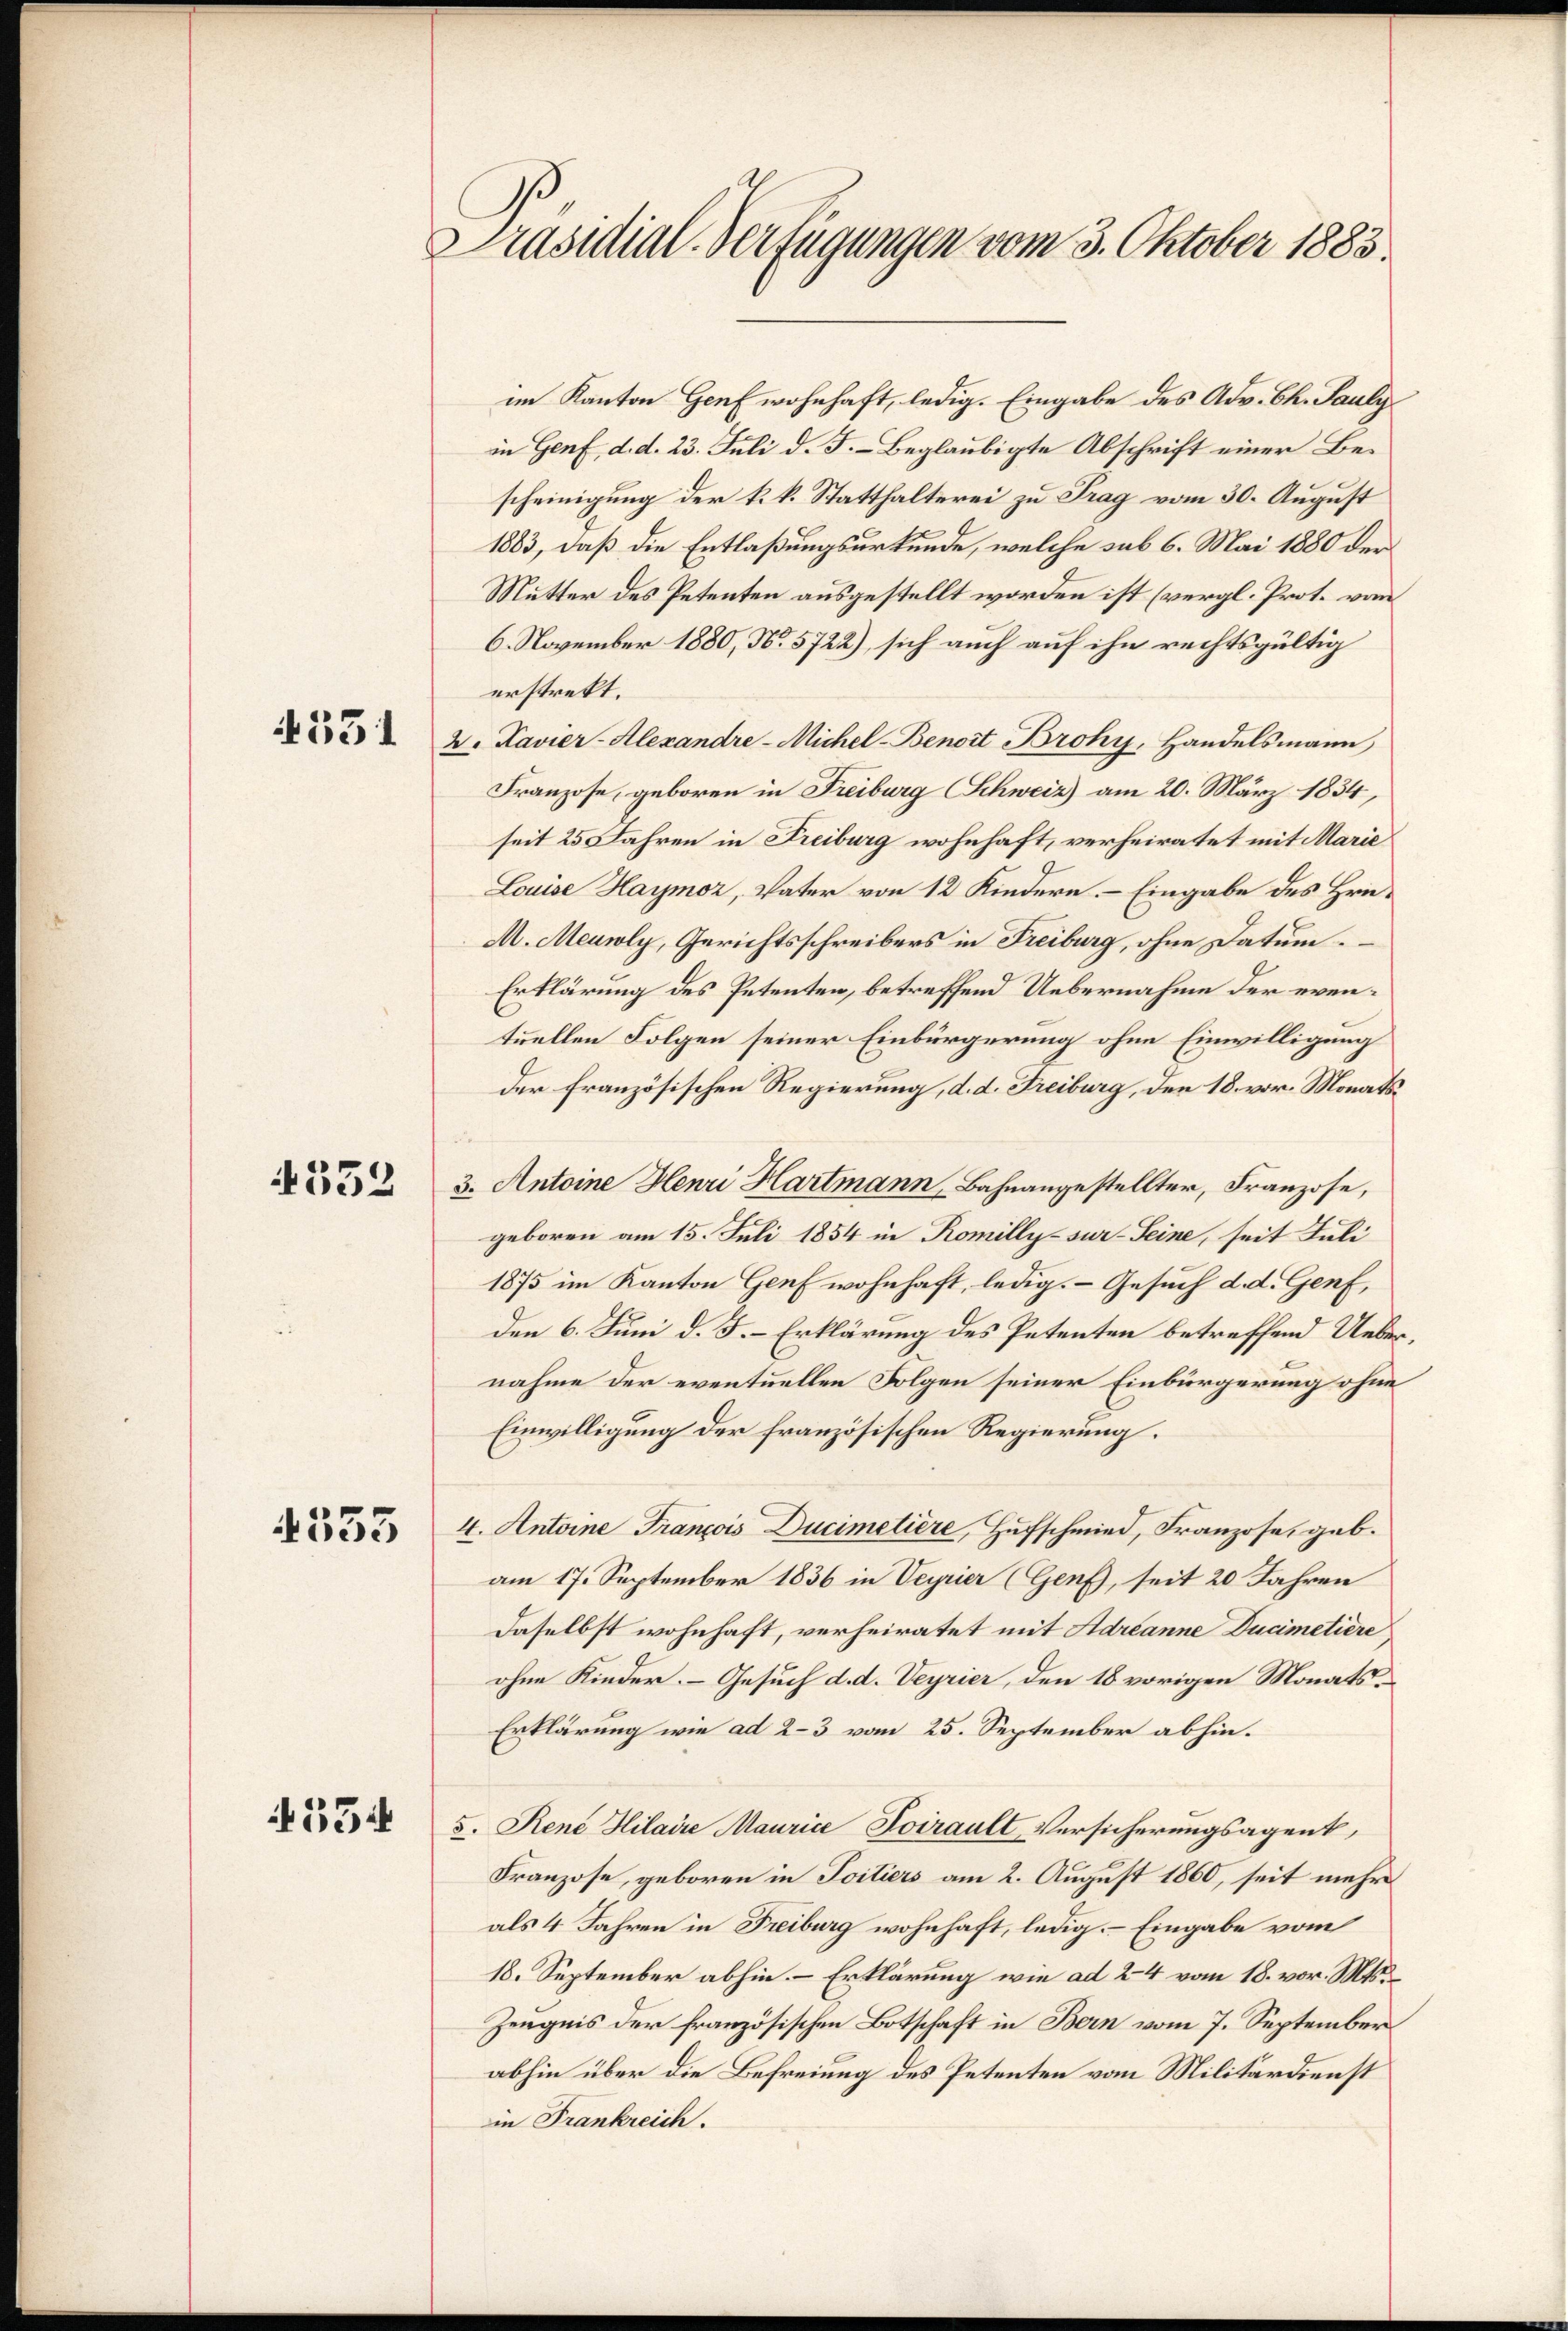
4331

352

4533

33

Präsidial-Verfügungen vom 3. Oktober 1883.

im Kanton Genf wohnhaft, ledig. Eingabe des Adv. Ch. Pauly
in Genf, d. d. 23. Juli d. J. – Beglaubigte Abschrift einer Bescheinigung der k. k. Statthalterei zu Frag vom 30. August
1883, daß die Entlaßungsurkunde, welche sub 6. Mai 1880 der
Mutter des Petenten ausgestellt worden ist (vergl. Prot. vom
6. November 1880, N. 5722), sich auch auf ihn rechtsgültig
erstrekt.
2. Kavier-Alexandre - Michel-Benoit Broky, Handelsmann
Franzose, geboren in Freiburg Schweiz) am 20. März 1834,
seit 25 Jahren in Freiburg wohnhaft, verheiratet mit Marie
Louise Haymor, Vater von 12 Kindern. – Eingabe des Hrn.
M. Meusoly, Gerichtsschreibers in Freiburg, ohne Datum
Erklärung des Petenten, betreffend Uebernahme der eventuellen Folgen seiner Einbürgerung ohne Einwilligung
der Französischen Regierung, d. d. Freiburg, den 18. vor. Monatsa
3. Antoine Henri Hartmann, Bahnangestellter, Franzose,
geboren am 15. Juli 1854 in Romilly-sur-Seine, seit Juli
1875 im Kanton Genf wohnhaft, ledig. – Gesuch d. d. Genf,
den 6. Juni d. J. – Erklärung des Petenten betreffend Uebernahme der eventuellen Folgen seiner Einbürgerung ohne
Einwilligung der französischen Regierung.
4. Antoine François Ducimelière, Hufschmied, Franzose, geb.
am 17. September 1836 in Veyrier (Genf, seit 20 Jahren
daselbst wohnhaft, verheiratet mit Adrianne Ducimetiere
ohne Kinder. – Gesuch d. d. Veyrier, den 18 vorigen Monats¬
Erklärung wie ad 2-3 vom 25. September abhin.
5. Rene Hilaire Maurice Poirault Versicherungsagent,
Franzose, geboren in Poitiers am 2. August 1860, seit mehr
als 4 Jahren in Freiburg wohnhaft, ledig. – Eingabe vom
18. September abhin. – Erklärung wie ad 24 vom 18. vor. Mts.
Zeugnis der französischen Botschaft in Bern vom 7. September
abhin über die Befreiung des Petenten vom Militärdienst
in Frankreich.